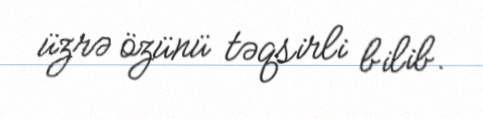
üzrə özünü təqsirli bilib.